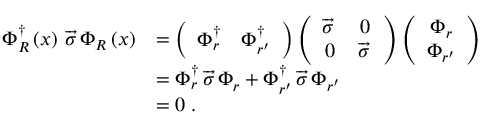
\begin{array} { r l } { \Phi _ { R } ^ { \dag } \left( x \right) \, \overrightarrow { \sigma } \, \Phi _ { R } \left( x \right) } & { = \left( \begin{array} { c c } { \Phi _ { r } ^ { \dag } } & { \Phi _ { r ^ { \prime } } ^ { \dag } } \end{array} \right) \left( \begin{array} { c c } { \overrightarrow { \sigma } \, } & { 0 } \\ { 0 } & { \overrightarrow { \sigma } \, } \end{array} \right) \left( \begin{array} { c } { \Phi _ { r } } \\ { \Phi _ { r ^ { \prime } } } \end{array} \right) } \\ & { = \Phi _ { r } ^ { \dag } \, \overrightarrow { \sigma } \, \Phi _ { r } + \Phi _ { r ^ { \prime } } ^ { \dag } \, \overrightarrow { \sigma } \, \Phi _ { r ^ { \prime } } } \\ & { = 0 \; . } \end{array}